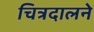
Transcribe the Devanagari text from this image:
चित्रदालने